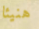
هنيئا